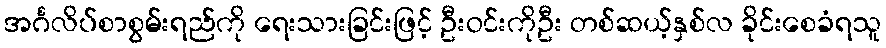
အင်္ဂလိပ်စာစွမ်းရည်ကို ရေးသားခြင်းဖြင့် ဦးဝင်းကိုဦး တစ်ဆယ့်နှစ်လ ခိုင်းစေခံရသူ